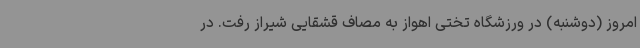
امروز (دوشنبه) در ورزشگاه تختی اهواز به مصاف قشقایی شیراز رفت. در